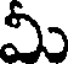
మీ